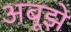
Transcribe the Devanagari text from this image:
अबूझे